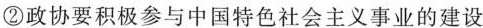
②政协要积极参与中国特色社会主义事业的建设